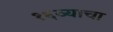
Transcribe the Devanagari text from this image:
१६व्याचा